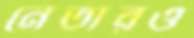
নেতারও